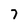
Character: 7